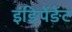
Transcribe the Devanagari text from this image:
इंङिपेंङेंट